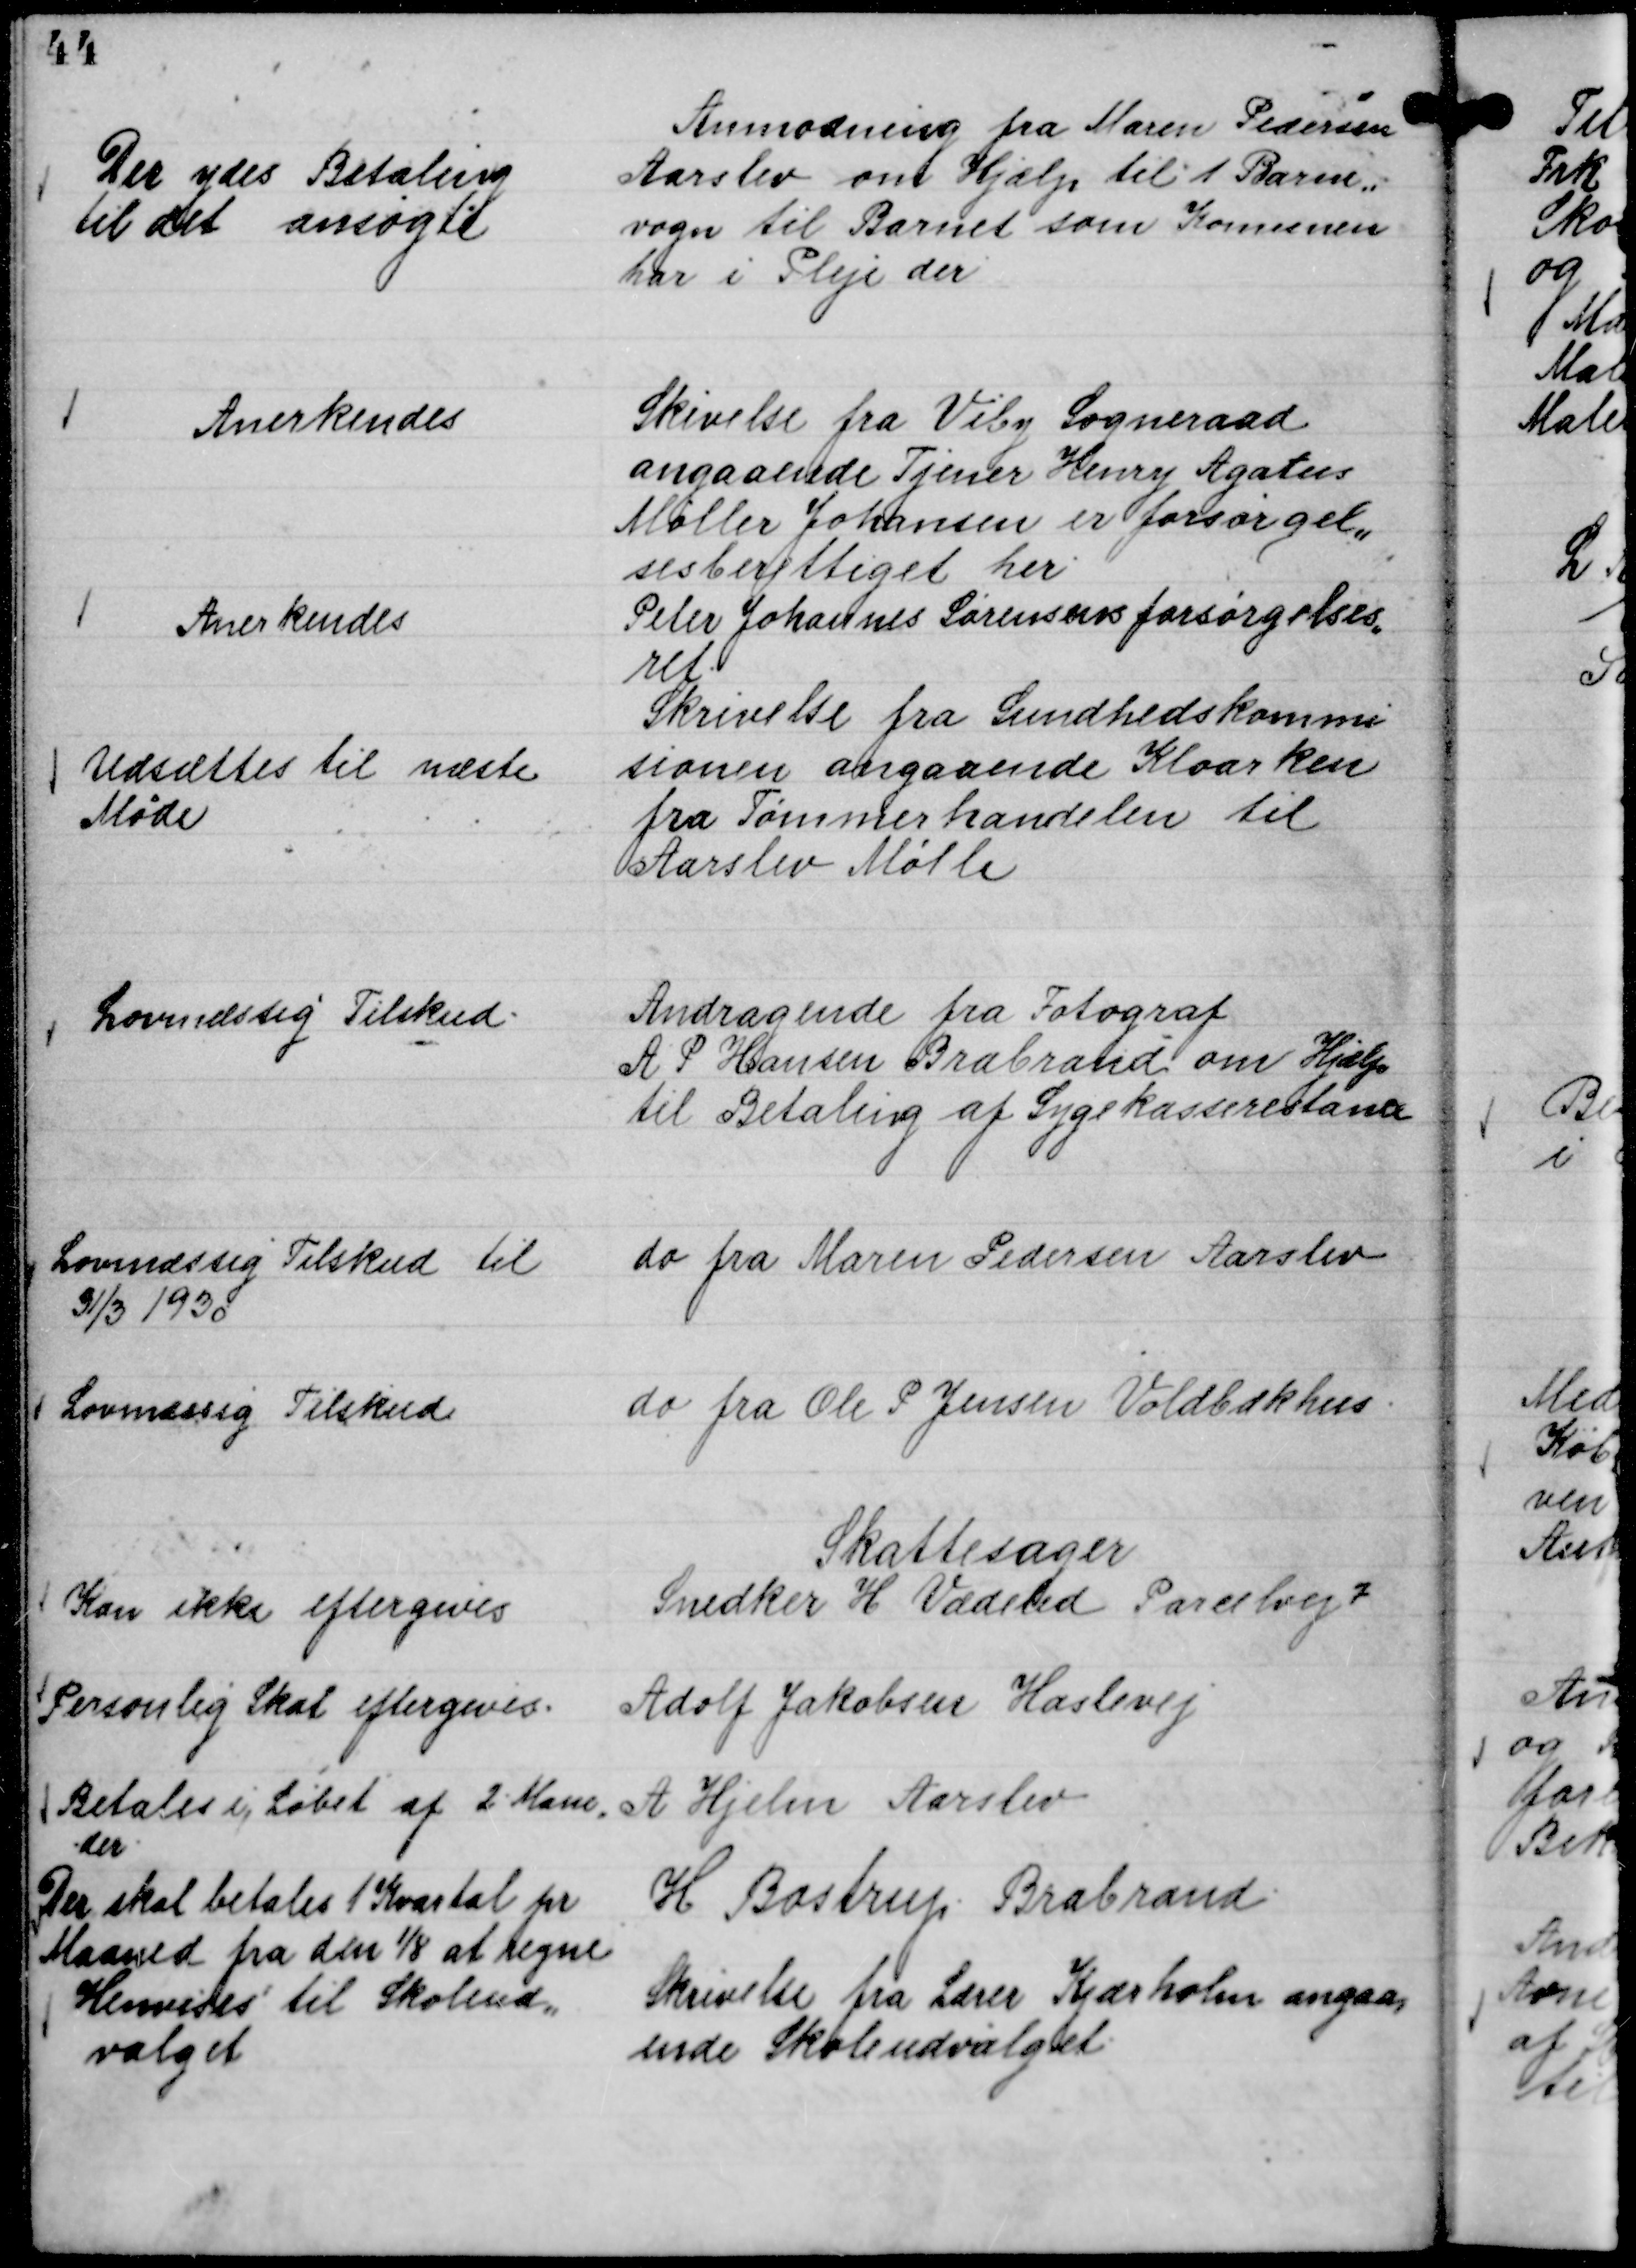
Transskription:
Anmodning fra Maren Pedersen
Aarslev om Hjælp til 1 Barne,,
vogn til Barnet som Komunen
har i Pleje der

Der ydes Betaling
til det ansøgte

Skivelse fra Viby Sogneraad
angaaende Tjener Henry Agatus
Møller Johansen er forsørgel,,
sesberettiget her.

Anerkendes

Peter Johannes Sørensens forsørgelses,,
ret.

Anerkendes

Skrivelse fra Sundhedskommi
sionen angaaende Kloarken
fra Tømmerhandelen til
Aarslev Mølle

Udsættes til næste
Møde

Andragende fra Fotograf
A P Hansen Brabrand om Hjælp
til Betaling af Sygekasserestance

Lovmæssig Tilskud.

do fra Maren Pedersen Aarslev

Lovmæssig Tilskud til
31/3 1930

do fra Ole P Jensen Voldbækhus.

Lovmæssig Tilskud

Skattesager
Snedker H Vædeled Parcelvej 7
Kan ikke eftergives
Adolf Jakobsen Haslevej
Personlig Skat eftergives.
A Hjelm Aarslev
Betales i Løbet af 2 Mane
der.
H Bastrup Brabrand.
Der skal betales 1 Kvartal pr
Maaned fra den 1/8 at regne

Skrivelse fra Lærer Kjærholm angaa,,
ende Skoleudvalget.

Henvises til Skoleud,,
valget